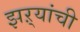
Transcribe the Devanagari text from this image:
झऱ्यांची